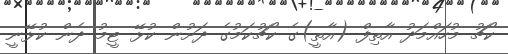
ކޯޗު މުހައްމަދު އާތިފް (އާތީ)ގެ ކޯޗުކަމުގެ ދަށުން ކުޅޭ ޓީމު ދެން ކުޅޭނީ